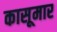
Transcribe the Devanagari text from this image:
कासूमार